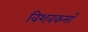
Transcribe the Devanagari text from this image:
विशवकमॉ